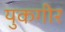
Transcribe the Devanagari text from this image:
युकगीर